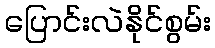
ပြောင်းလဲနိုင်စွမ်း